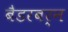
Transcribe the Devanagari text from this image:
बैडरबर्न